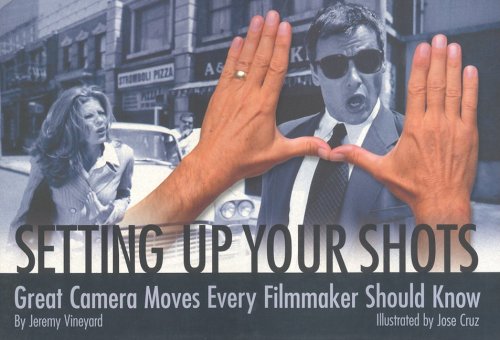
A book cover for Setting Up Your Shots: Great Camera Moves Every Filmmaker Should Know; Jeremy Vineyard; Humor & Entertainment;